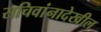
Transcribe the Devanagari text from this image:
सचिवांनादेखील